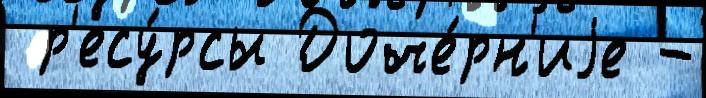
 р'есу́рсы Доче́рн'иjе -